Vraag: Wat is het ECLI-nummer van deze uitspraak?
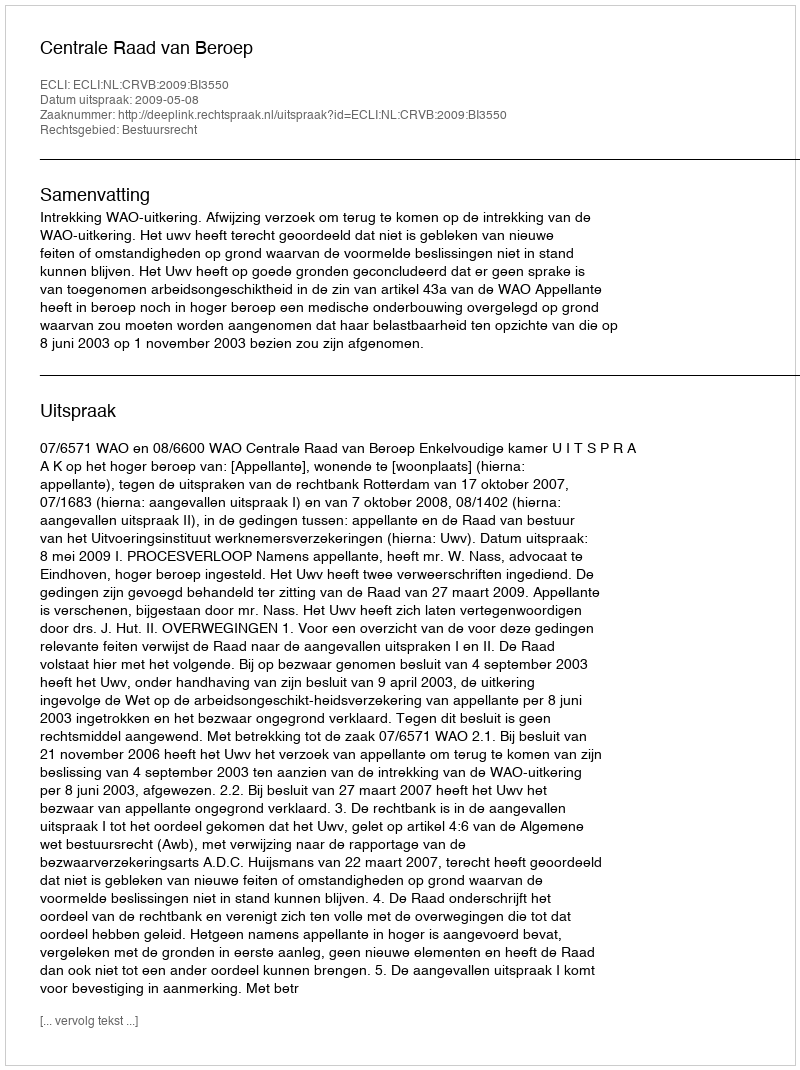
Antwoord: ECLI:NL:CRVB:2009:BI3550